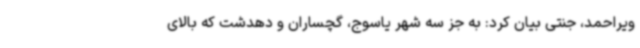
ویراحمد، جنتی بیان کرد: به جز سه شهر یاسوج، گچساران و دهدشت که بالای